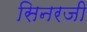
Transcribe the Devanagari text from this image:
सिनरजी